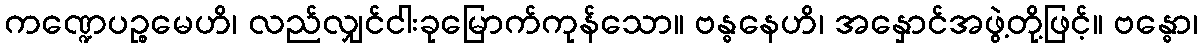
ကဏ္ဍေပဉ္စမေဟိ၊ လည်လျှင်ငါးခုမြောက်ကုန်သော။ ဗန္ဓနေဟိ၊ အနှောင်အဖွဲ့တို့ဖြင့်။ ဗန္ဓော၊